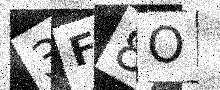
Text: 3F8O